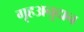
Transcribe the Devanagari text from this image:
गृहअनुदान